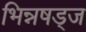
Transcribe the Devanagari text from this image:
भिन्नषड्ज